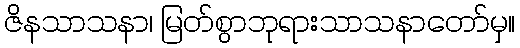
ဇိနသာသနာ၊ မြတ်စွာဘုရားသာသနာတော်မှ။